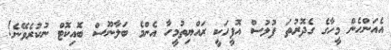
އެއަންހެން މީހާގެ ގެދޮރުތަ ފުލުސް އޮފީހަކީ ރައްޔިތުމީހާ އެންމެ ބަލާނޫސް ބޮއިކޮޓް ނުކުރެވޭނެ!